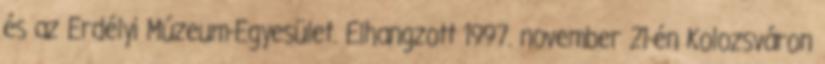
és az Erdélyi Múzeum-Egyesület. Elhangzott 1997. november 21-én Kolozsváron